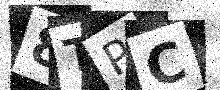
Text: 8TPC